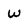
Character: w